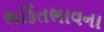
ભકિતભાવના